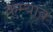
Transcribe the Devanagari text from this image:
कम्याब